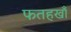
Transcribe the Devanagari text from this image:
फतहखाँ